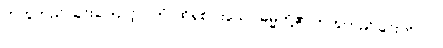
တကွတည် ခြင်းကြောင့်။ (တံ၊ ထိုရှစ်ပါးသော ဓမ္မတို့၏ တကွတည်ခြင်းကို။ ဝါ၊